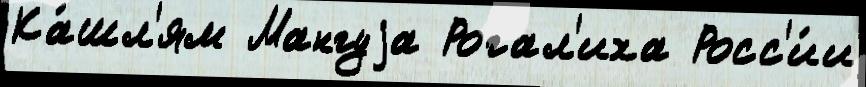
Ка́шл'ям Мангуjа Рогал'иха Росс'и́и